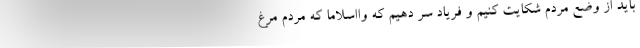
باید از وضع مردم شکایت کنیم و فریاد سر دهیم که وااسلاما که مردم مرغ